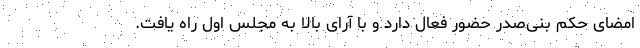
امضای حکم بنی‌صدر حضور فعال دارد و با آرای بالا به مجلس اول راه یافت.